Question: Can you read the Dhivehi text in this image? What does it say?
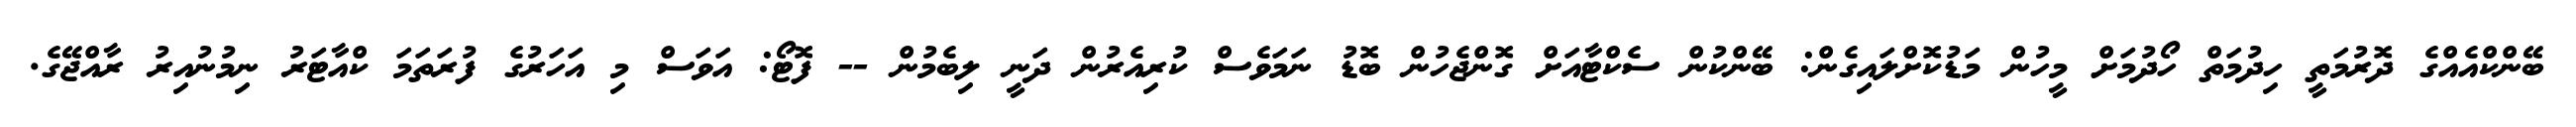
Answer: ބޭންކްއެއްގެ ދޮރުމަތީ ހިދުމަތް ހޯދުމަށް މީހުން މަޑުކޮށްލައިގެން: ބޭންކުން ސެކްޓާއަށް ގޮންޖެހުން ބޮޑު ނަމަވެސް ކުރިއެރުން ދަނީ ލިބެމުން -- ފޮޓޯ: އަވަސް މި އަހަރުގެ ފުރަތަމަ ކްއާޓަރު ނިމުނުއިރު ރާއްޖޭގެ.